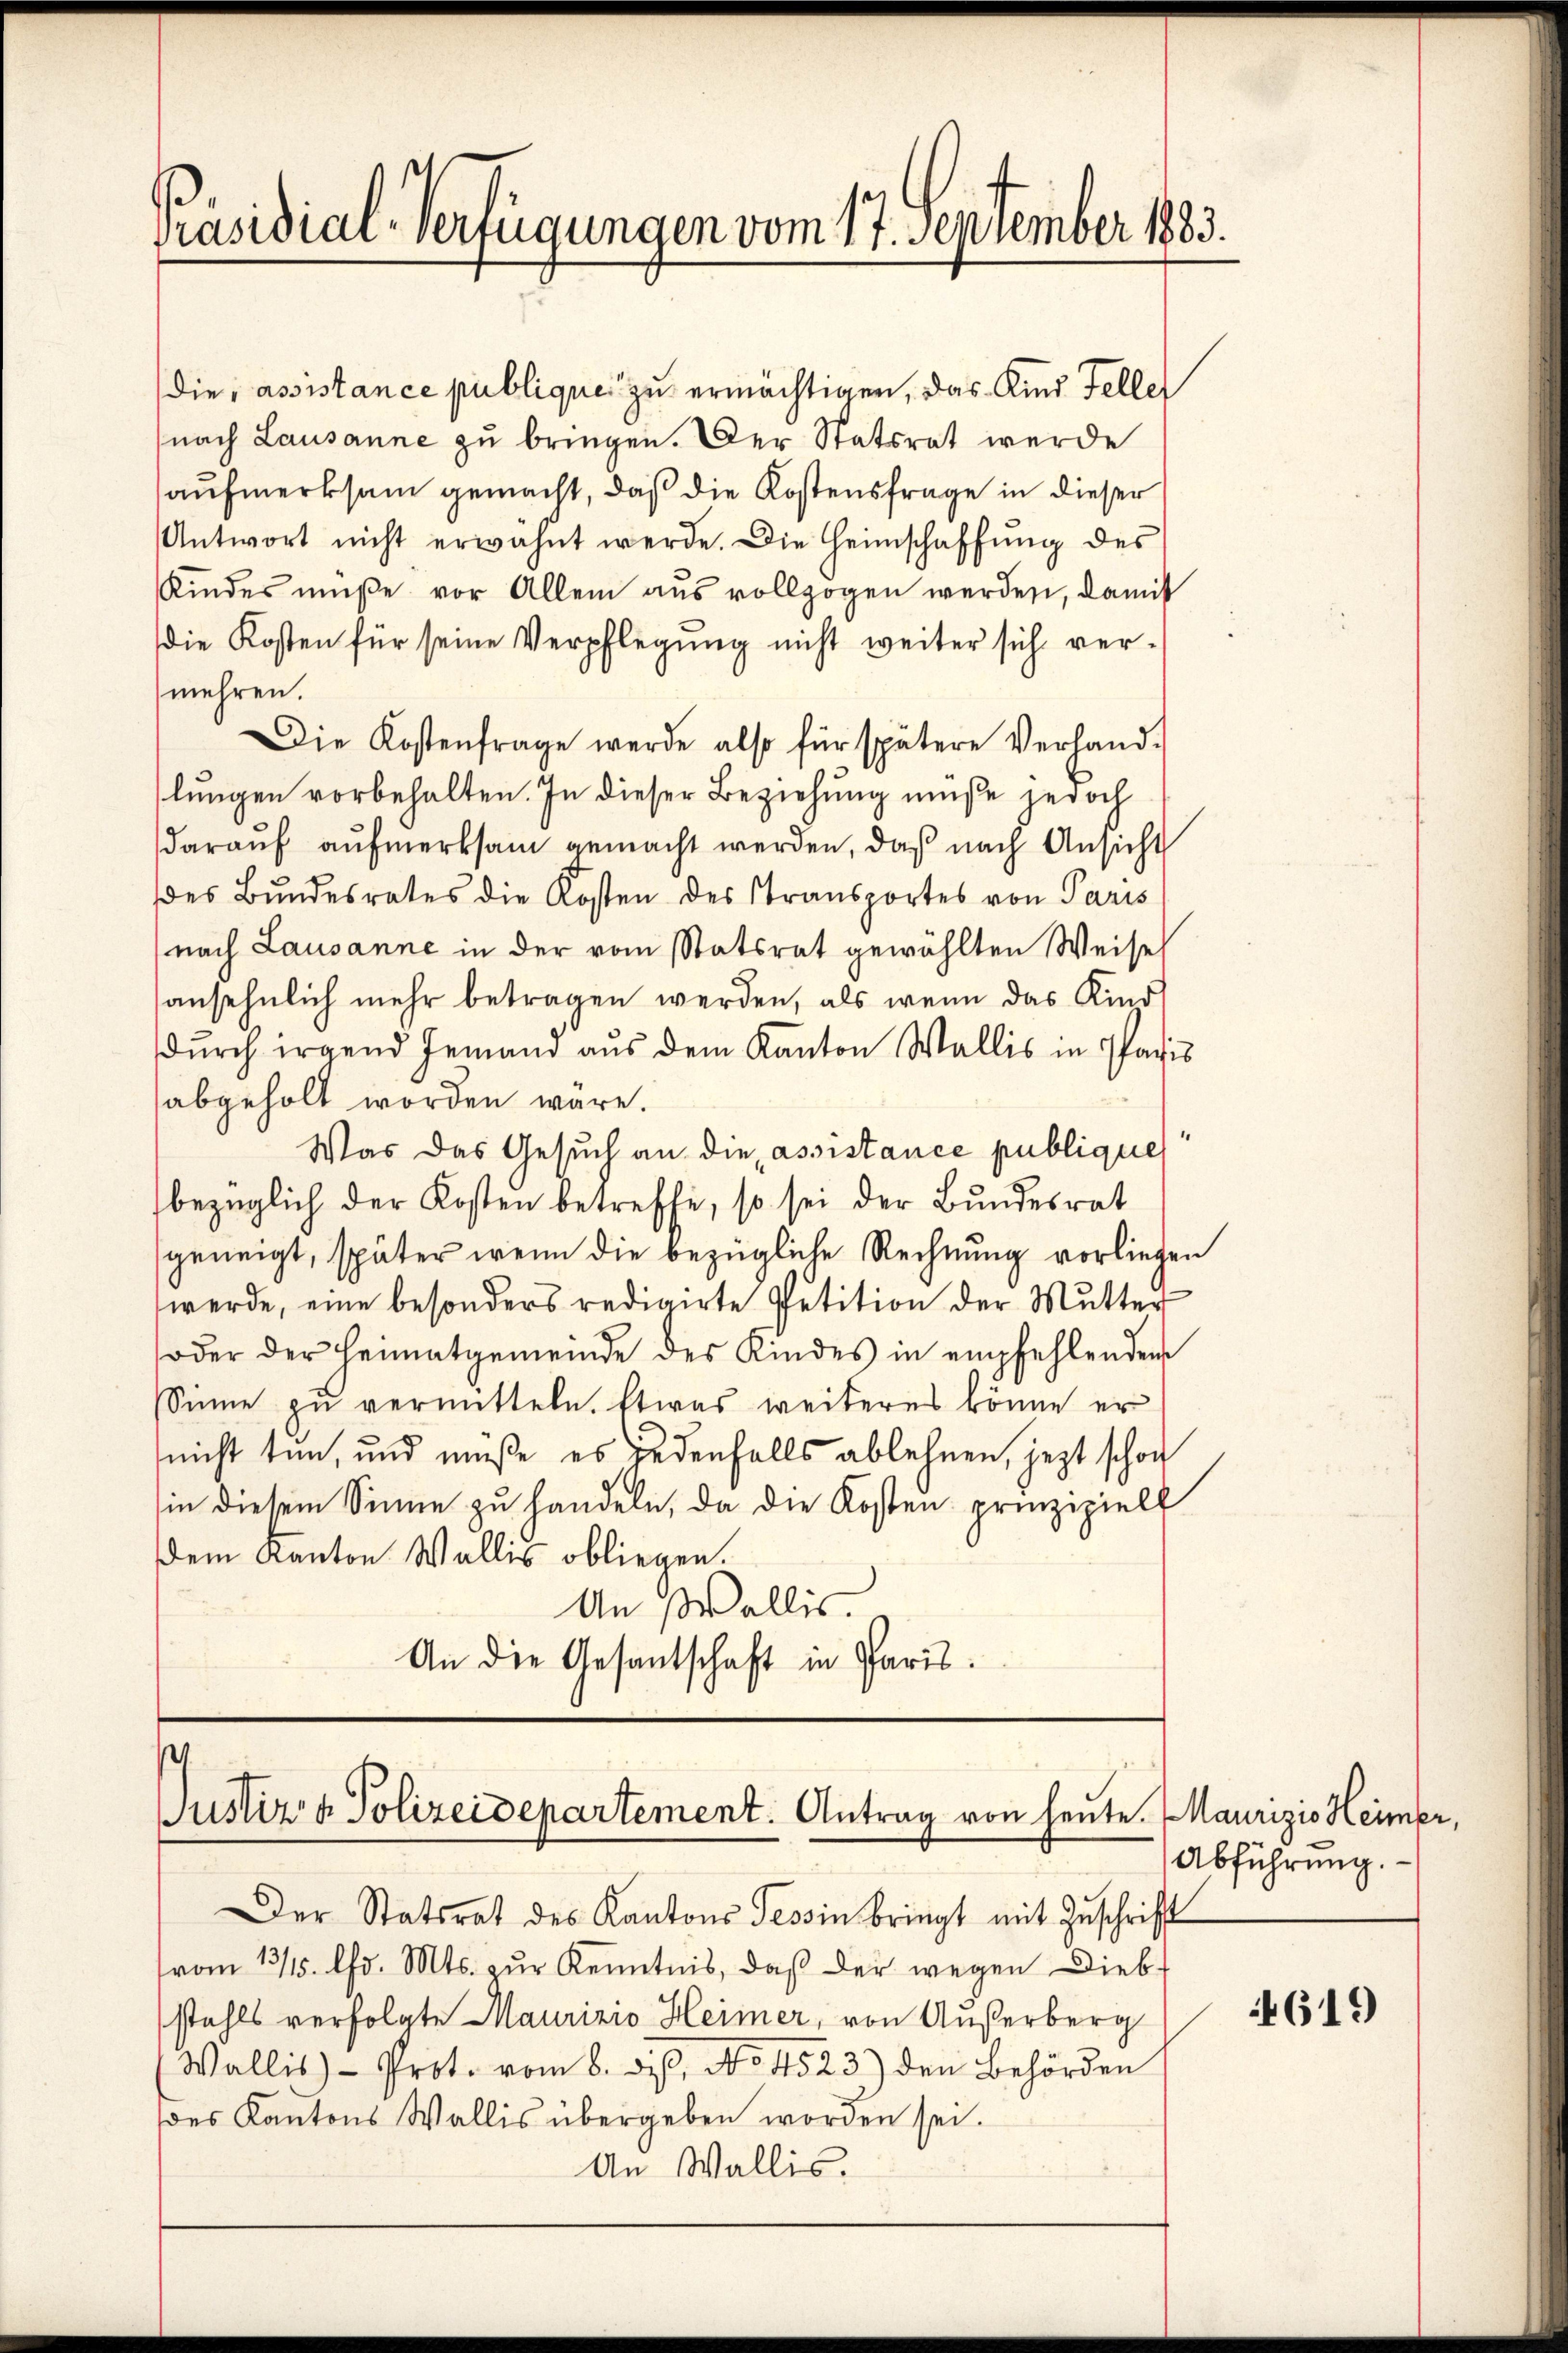
Präsidial-Verfügungen vom 17. September 1883.

die, assistance publique zu ermächtigen, das Kind Felle
nach Lausanne zu bringen. Der Statsrat werde
aufmerksam gemacht, daß die Kostensfrage in dieser
Antwort nicht erwähnt werde. Die Heimschaffŭng des
Kindes müße vor Allem aus vollzogen werden, damit
die Kosten für seine Verpflegung nicht weiter sich vermehren.
Die Kostenfrage werde also für spätere Verhand-
lungen vorbehalten. In dieser Beziehung müße jedoch
daraŭf aŭfmerksam gemacht werden, daß nach Ansicht
es Bundesrates die Kosten des Stransportes von Paris
nach Lausanne in der vom Statsrat gewählten Weise
ansehnlich mehr betragen werden, als wenn das Kind
durch irgend Jemand aus dem Kanton Wallis in Paris
abgeholt worden wäre.
Was das Gesuch an die assistance publiques
bezüglich der Kosten betreffe, so sei der Bundesrat
geneigt, später wenn die bezügliche Rechnung vorliegen
werde, eine besonders redigirte Petition der Mutter
oder der Heimatgemeinde des Kindes in empfehlenden
Sinne zu vermitteln. Etwas weiteres könne er
nicht tun, und müße es jedenfalls ablehnen, jezt schon
sin diesem Sinne zu handeln, da die Kosten prinzipiell
dem Kanton Wallis obliegen.
An Wallis.
An die Gesantschaft in Paris.

¬
Justiz & Polizeidepartement. Antrag von heute.

Der Statsrat des Kantons Tessin bringt mit Zŭschrift
vom 13/1. Chr. Mts. zŭr Kenntnis, daβ der wegen Diebstahls verfolgte Maurizio Heimer, von Außerberg
Wallis) - Prot. vom 8. ds. No 4523) den Behörden
des Kantons Wallis übergeben worden sei.
An Wallis.

Maurizis Heimer,
Abführung.

619